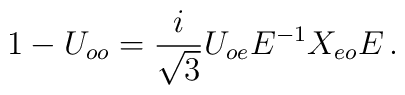
1-U_{oo} = \frac{i}{ \sqrt{3}} U_{oe}E^{-1} X_{eo} E\,.